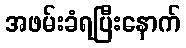
အဖမ်းခံရပြီးနောက်